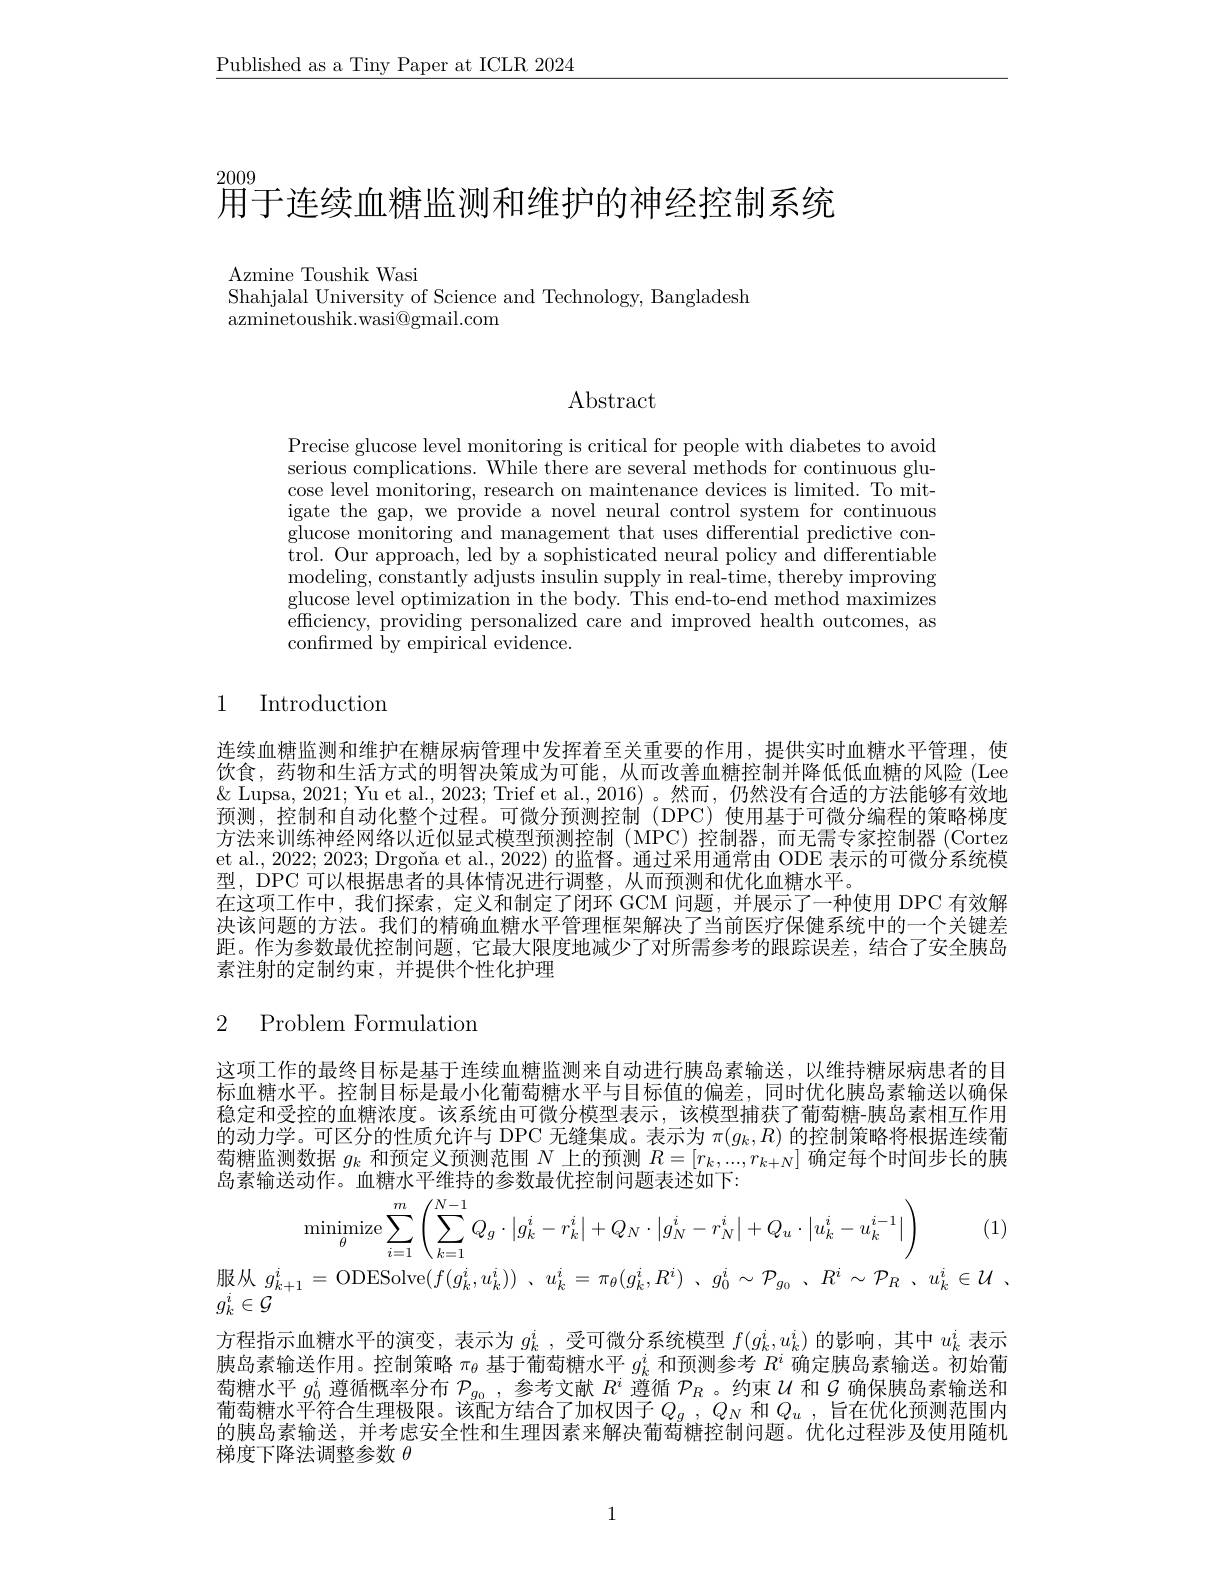
$\underline{\text{Published as a Tiny Paper at ICLR 2024}}$

2009
用于连续血糖监测和维护的神经控制系统

Azmine Toushik Wasi
Shahjalal University of Science and Technology, Bangladesh

$\bar{\text{azminetoushik.wasi@gmail.com}}$

Abstract

Precise glucose level monitoring is critical for people with diabetes to avoid serious complications. While there are several methods for continuous glucose level monitoring, research on maintenance devices is limited. To mitigate the gap, we provide a novel neural control system for continuous glucose monitoring and management that uses differential predictive control. Our approach, led by a sophisticated neural policy and differentiable $\operatorname*{modeling,}$constantly adjusts insulin supply in real-time, thereby improving glucose level optimization in the body. This end-to-end method maximizes efficiency, providing personalized care and improved health outcomes, as confirmed by empirical evidence.

## 1 Introduction

连续血糖监测和维护在糖尿病管理中发挥着至关重要的作用，提供实时血糖水平管理，使饮食，药物和生活方式的明智决策成为可能，从而改善血糖控制并降低低血糖的风险(Lee $\&$ Lupsa, 2021; Yu et al., 2023; Trief et al., 2016) 。然而，仍然没有合适的方法能够有效地预测，控制和自动化整个过程。可微分预测控制(DPC)使用基于可微分编程的策略梯度方法来训练神经网络以近似显式模型预测控制(MPC)控制器，而无需专家控制器(Cortez et al., 2022; 2023; Drgona et al., 2022) 的监督。通过采用通常由 ODE 表示的可微分系统模型，DPC 可以根据患者的具体情况进行调整，从而预测和优化血糖水平。
在这项工作中，我们探索，定义和制定了闭环 GCM 问题，并展示了一种使用 DPC 有效解决该问题的方法。我们的精确血糖水平管理框架解决了当前医疗保健系统中的一个关键差距。作为参数最优控制问题，它最大限度地减少了对所需参考的跟踪误差，结合了安全胰岛素注射的定制约束，并提供个性化护理

2 Problem Formulation

这项工作的最终目标是基于连续血糖监测来自动进行胰岛素输送，以维持糖尿病患者的目标血糖水平。控制目标是最小化葡萄糖水平与目标值的偏差，同时优化胰岛素输送以确保稳定和受控的血糖浓度。该系统由可微分模型表示，该模型捕获了葡萄糖-胰岛素相互作用的动力学。可区分的性质允许与 DPC 无缝集成。表示为$\pi(g_k,R)$的控制策略将根据连续葡萄糖监测数据$g_k$和预定义预测范围$N$上的预测$R=[r_k,...,r_{k+N}]$确定每个时间步长的胰岛素输送动作。血糖水平维持的参数最优控制问题表述如下：
$$\begin{aligned}&\mathrm{minimize}\sum_{\theta}^{m}\left(\sum_{i=1}^{N-1}Q_{g}\cdot\left|g_{k}^{i}-r_{k}^{i}\right|+Q_{N}\cdot\left|g_{N}^{i}-r_{N}^{i}\right|+Q_{u}\cdot\left|u_{k}^{i}-u_{k}^{i-1}\right|\right)&(1)\\&g_{k+1}^{i}\:=\:\mathrm{ODESolve}(f(g_{k}^{i},u_{k}^{i}))\:,\:u_{k}^{i}\:=\:\pi_{\theta}(g_{k}^{i},R^{i})\:,\:g_{0}^{i}\:\sim\:\mathcal{P}_{g_{0}}\:,\:R^{i}\:\sim\:\mathcal{P}_{R}\:,\:u_{k}^{i}\:\in\:\mathcal{U}\:.\end{aligned}$$
$g_k^i\in\mathcal{G}$
方程指示血糖水平的演变，表示为$g_k^i$ ,受可微分系统模型$f(g_k^i,u_k^i)$的影响，其中$u_k^i$表示胰岛素输送作用。控制策略$\pi_{\theta}$基于葡萄糖水平$g_k^i$和预测参考$R^i$确定胰岛素输送。初始葡萄糖水平$g_0^i$遵循概率分布$\mathcal{P}_{g_0}$ ,参考文献$R^i$遵循$\mathcal{P}_R$ 。约束$\mathcal{U}$和$\mathcal{G}$确保胰岛素输送和葡萄糖水平符合生理极限。该配方结合了加权因子$Q_g,Q_N$ 和 $Q_u$ ,旨在优化预测范围内的胰岛素输送，并考虑安全性和生理因素来解决葡萄糖控制问题。优化过程涉及使用随机梯度下降法调整参数$\theta$

1